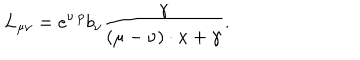
L _ { \mu \nu } = e ^ { \nu \cdot p } b _ { \nu } \frac { \gamma } { ( \mu - \nu ) \cdot x + \gamma } .